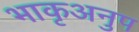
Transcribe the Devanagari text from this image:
भाकृअनुप